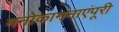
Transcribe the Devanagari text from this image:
मनोकामनाएंपूरी